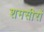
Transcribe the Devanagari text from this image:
शमसीरों